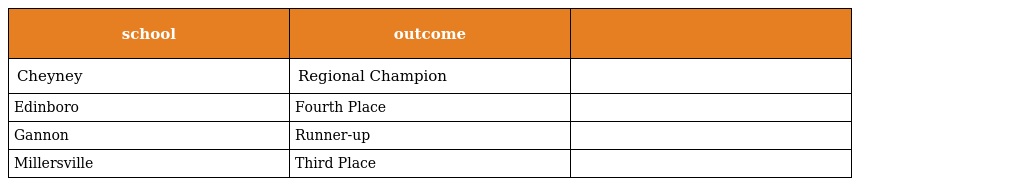
| school | outcome |  |
 | --- | --- | --- |
 | Cheyney | Regional Champion |  |
 | Edinboro | Fourth Place |  |
 | Gannon | Runner-up |  |
 | Millersville | Third Place |  |